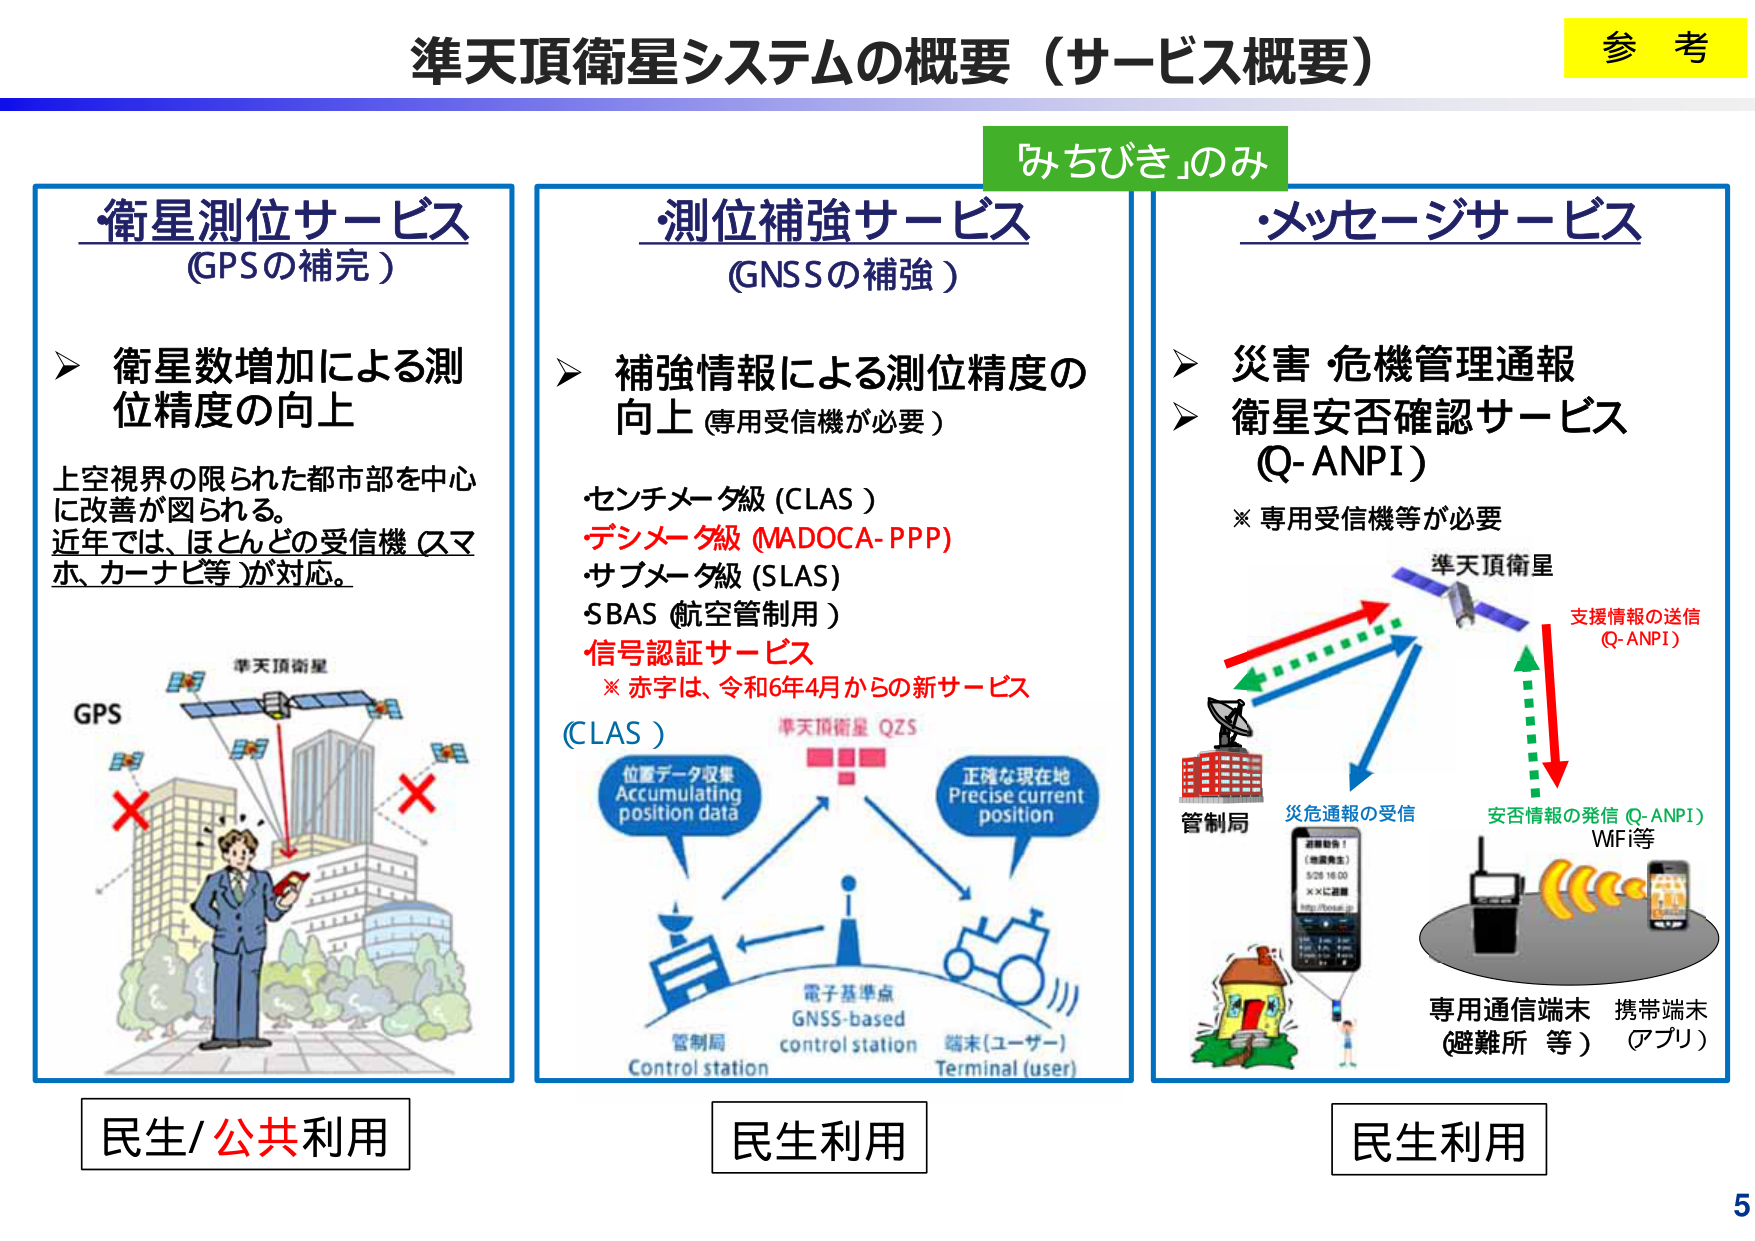
準天頂衛星システムの概要（サービス概要）

参考

みちびき」のみ

・衛星測位サービス
（GPSの補完）

➤ 衛星数増加による測位精度の向上

上空視界の限られた都市部を中心に改善が図られる。
近年では、ほとんどの受信機（スマホ、カーナビ等）が対応。

GPS
準天頂衛星
×
×
（図：都市部でGPS信号が遮られるが、準天頂衛星が補完）

民生/公共利用

・測位補強サービス
（GNSSの補強）

➤ 補強情報による測位精度の向上（専用受信機が必要）

・センチメータ級（CLAS）
・デシメータ級（MADOCA-PPP）
・サブメータ級（SLAS）
・SBAS（航空管制用）
・信号認証サービス
※ 赤字は、令和6年4月からの新サービス（CLAS）

（図：準天頂衛星QZS → 位置データ収集 → 電子基準点（GNSS-based control station）→ 端末（ユーザー）→ 正確な現在地）

管制局
Control station
電子基準点
GNSS-based control station
端末（ユーザー）
Terminal (user)

民生利用

・メッセージサービス

➤ 災害・危機管理通報
➤ 衛星安否確認サービス（Q-ANPI）
※ 専用受信機等が必要

（図：準天頂衛星 ↔ 管制局（災害通報の受信）↔ 専用通信端末（避難所等）・携帯端末（アプリ））

支援情報の送信（Q-ANPI）
安否情報の発信（Q-ANPI）
WIFI等

民生利用

5